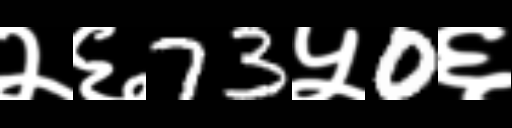
Text: २६73५0६